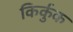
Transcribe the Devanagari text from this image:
किर्कुक